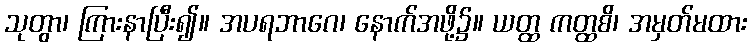
သုတွာ၊ ကြားနာပြီး၍။ အပရဘာဂေ၊ နောက်အဖို့၌။ ယတ္ထ ကတ္ထစိ၊ အမှတ်မထား